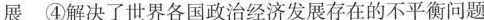
展④解决了世界各国政治经济发展存在的不平衡问题